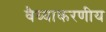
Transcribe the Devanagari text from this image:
वैय्याकरणीय